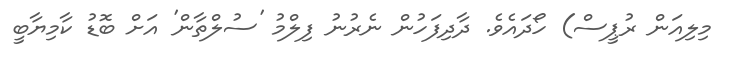
މިލިއަން ރުޕީސް) ހޯދައެވެ. ދާދިފަހުން ނެރުނު ފިލްމު 'ސުލްތާން' އަށް ބޮޑު ކާމިޔާބީ